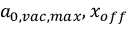
a _ { 0 , v a c , m a x } , x _ { o f f }